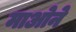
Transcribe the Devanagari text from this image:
माओने